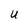
Character: u